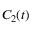
C _ { 2 } ( t )